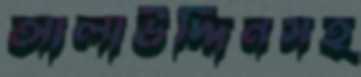
আলাউদ্দিনসহ